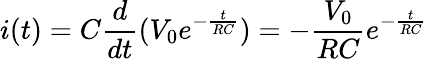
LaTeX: i(t)=C\frac{d}{dt}(V_{0}e^{-\frac{t}{RC}})=-\frac{V_{0}}{RC}e^{-\frac{t}{RC}}